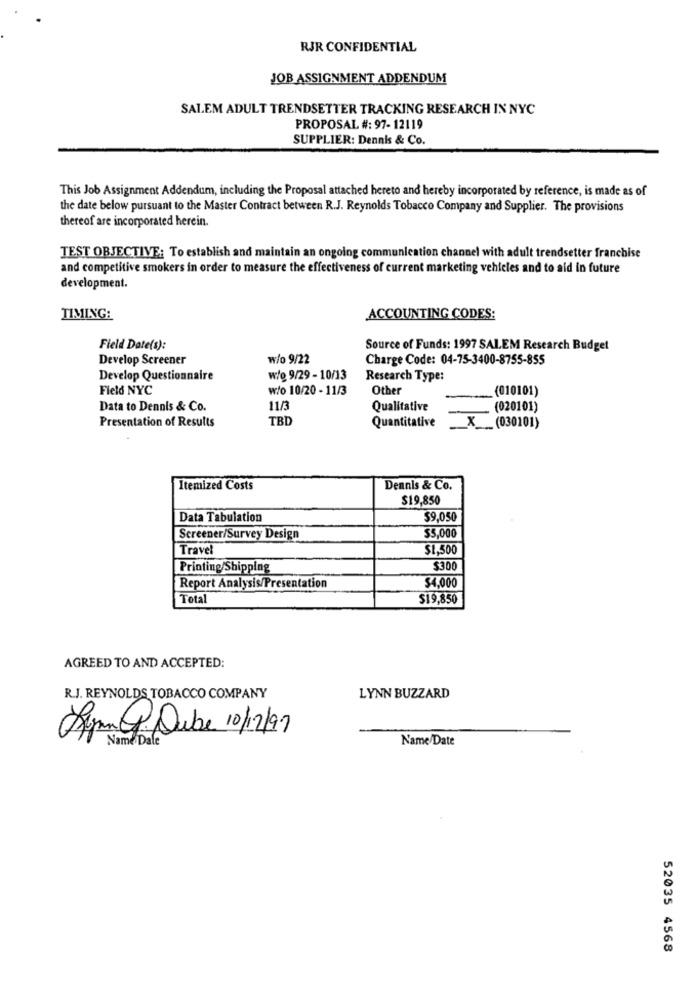
RJR CONFIDENTIAL
JOB ASSIGNMENT ADDENDUM
SALEM ADULT TRENDSETTER TRACKING RESEARCH IN NYC
PROPOSAL #: 97- 12119
SUPPLIER: Dennis & Co.
This Job Assignment Addendum, including the Proposal attached hereto and hereby incorporated by reference, is made as of
the date below pursuant to the Master Contract between R.J. Reynolds Tobacco Company and Supplier. The provisions
thereof are incorporated herein.
TEST OBJECTIVE: To establish and maintain an ongoing communication channel with adult trendsetter franchise
and competitive smokers in order to measure the effectiveness of current marketing vehicles and to aid in future
development.
TIMING:
ACCOUNTING CODES:
Field Date(s):
Source of Funds: 1997 SALEM Research Budget
Develop Screener
w/o 9/22
Charge Code: 04-75-3400-8755-855
Develop Questionnaire
w/e 9/29 - 10/13
Research Type:
Field NYC
w/o 10/20 - 11/3
Other
(010101)
Data to Dennis & Co.
11/3
Qualitative
(020101)
TBD
Presentation of Results
Quantitative
__ X ___ (030101)
Itemized Costs
Dennis & Co.
$19,850
Data Tabulation
$9,050
Screener/Survey Design
$5,000
Travel
$1,500
Printing/Shipping
$300
Report Analysis/Presentation
$4,000
Total
$19,850
AGREED TO AND ACCEPTED:
R.J. REYNOLDS TOBACCO COMPANY
LYNN BUZZARD
Japan @Dube 10/12/97
Name Dale
Name/Date
52035 4568